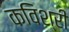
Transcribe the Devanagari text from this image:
कविश्री